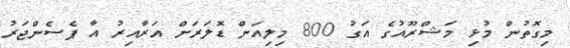
މިގޮތުން މުޅި މަޝްރޫއުގެ އަގު 800 މިލިއަން ޑޮލަރަށް އަރާއިރު އާ ޕެސެންޖަރު